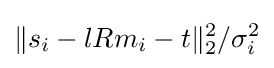
\Vert s_{i}-lRm_{i}-t\Vert _{2}^{2}/\sigma _{i}^{2}